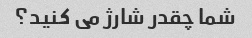
شما چقدر شارژ می کنید؟